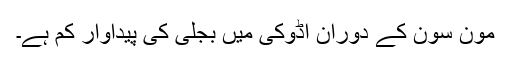
مون سون کے دوران اڈوکی میں بجلی کی پیداوار کم ہے۔